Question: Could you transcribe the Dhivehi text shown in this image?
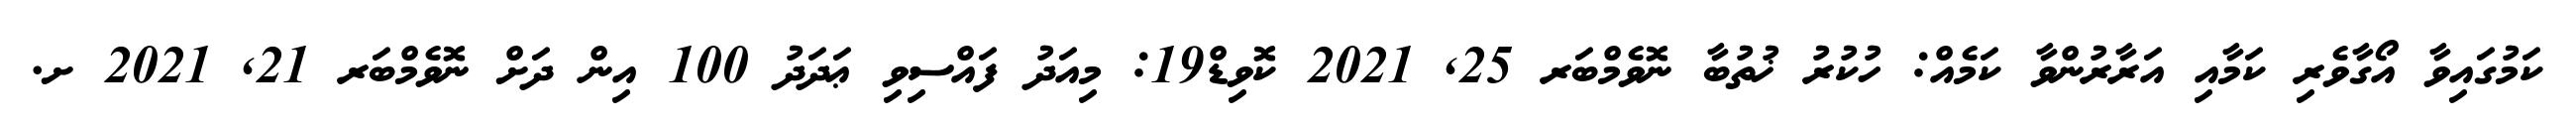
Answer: ކަމުގައިވާ އޯގާވެރި ކަމާއި އަރާރުންވާ ކަމެއް: ހުކުރު ޚުތުބާ ނޮވެމްބަރ 25, 2021 ކޮވިޑް19: މިއަދު ފައްސިވި ޢަދަދު 100 އިން ދަށް ނޮވެމްބަރ 21, 2021 ށ.